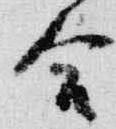
合